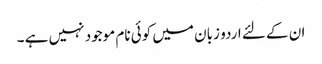
ان کے لئے اردو زبان میں کوئی نام موجود نہیں ہے ۔